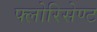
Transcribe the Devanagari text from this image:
फ्लोरिसेण्ट